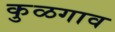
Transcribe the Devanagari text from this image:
कुळगाव